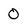
Character: O